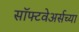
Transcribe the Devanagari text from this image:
सॉफ्टवेअर्सच्या